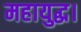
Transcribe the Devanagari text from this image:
महायुद्ध।